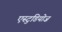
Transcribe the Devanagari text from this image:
एस्टुडियोज़